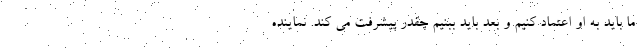
ما باید به او اعتماد کنیم و بعد باید ببنیم چقدر پیشرفت می کند. نماینده